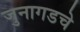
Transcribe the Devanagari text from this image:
जुनागडचे